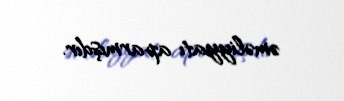
əməliyyatı aparmışdır.